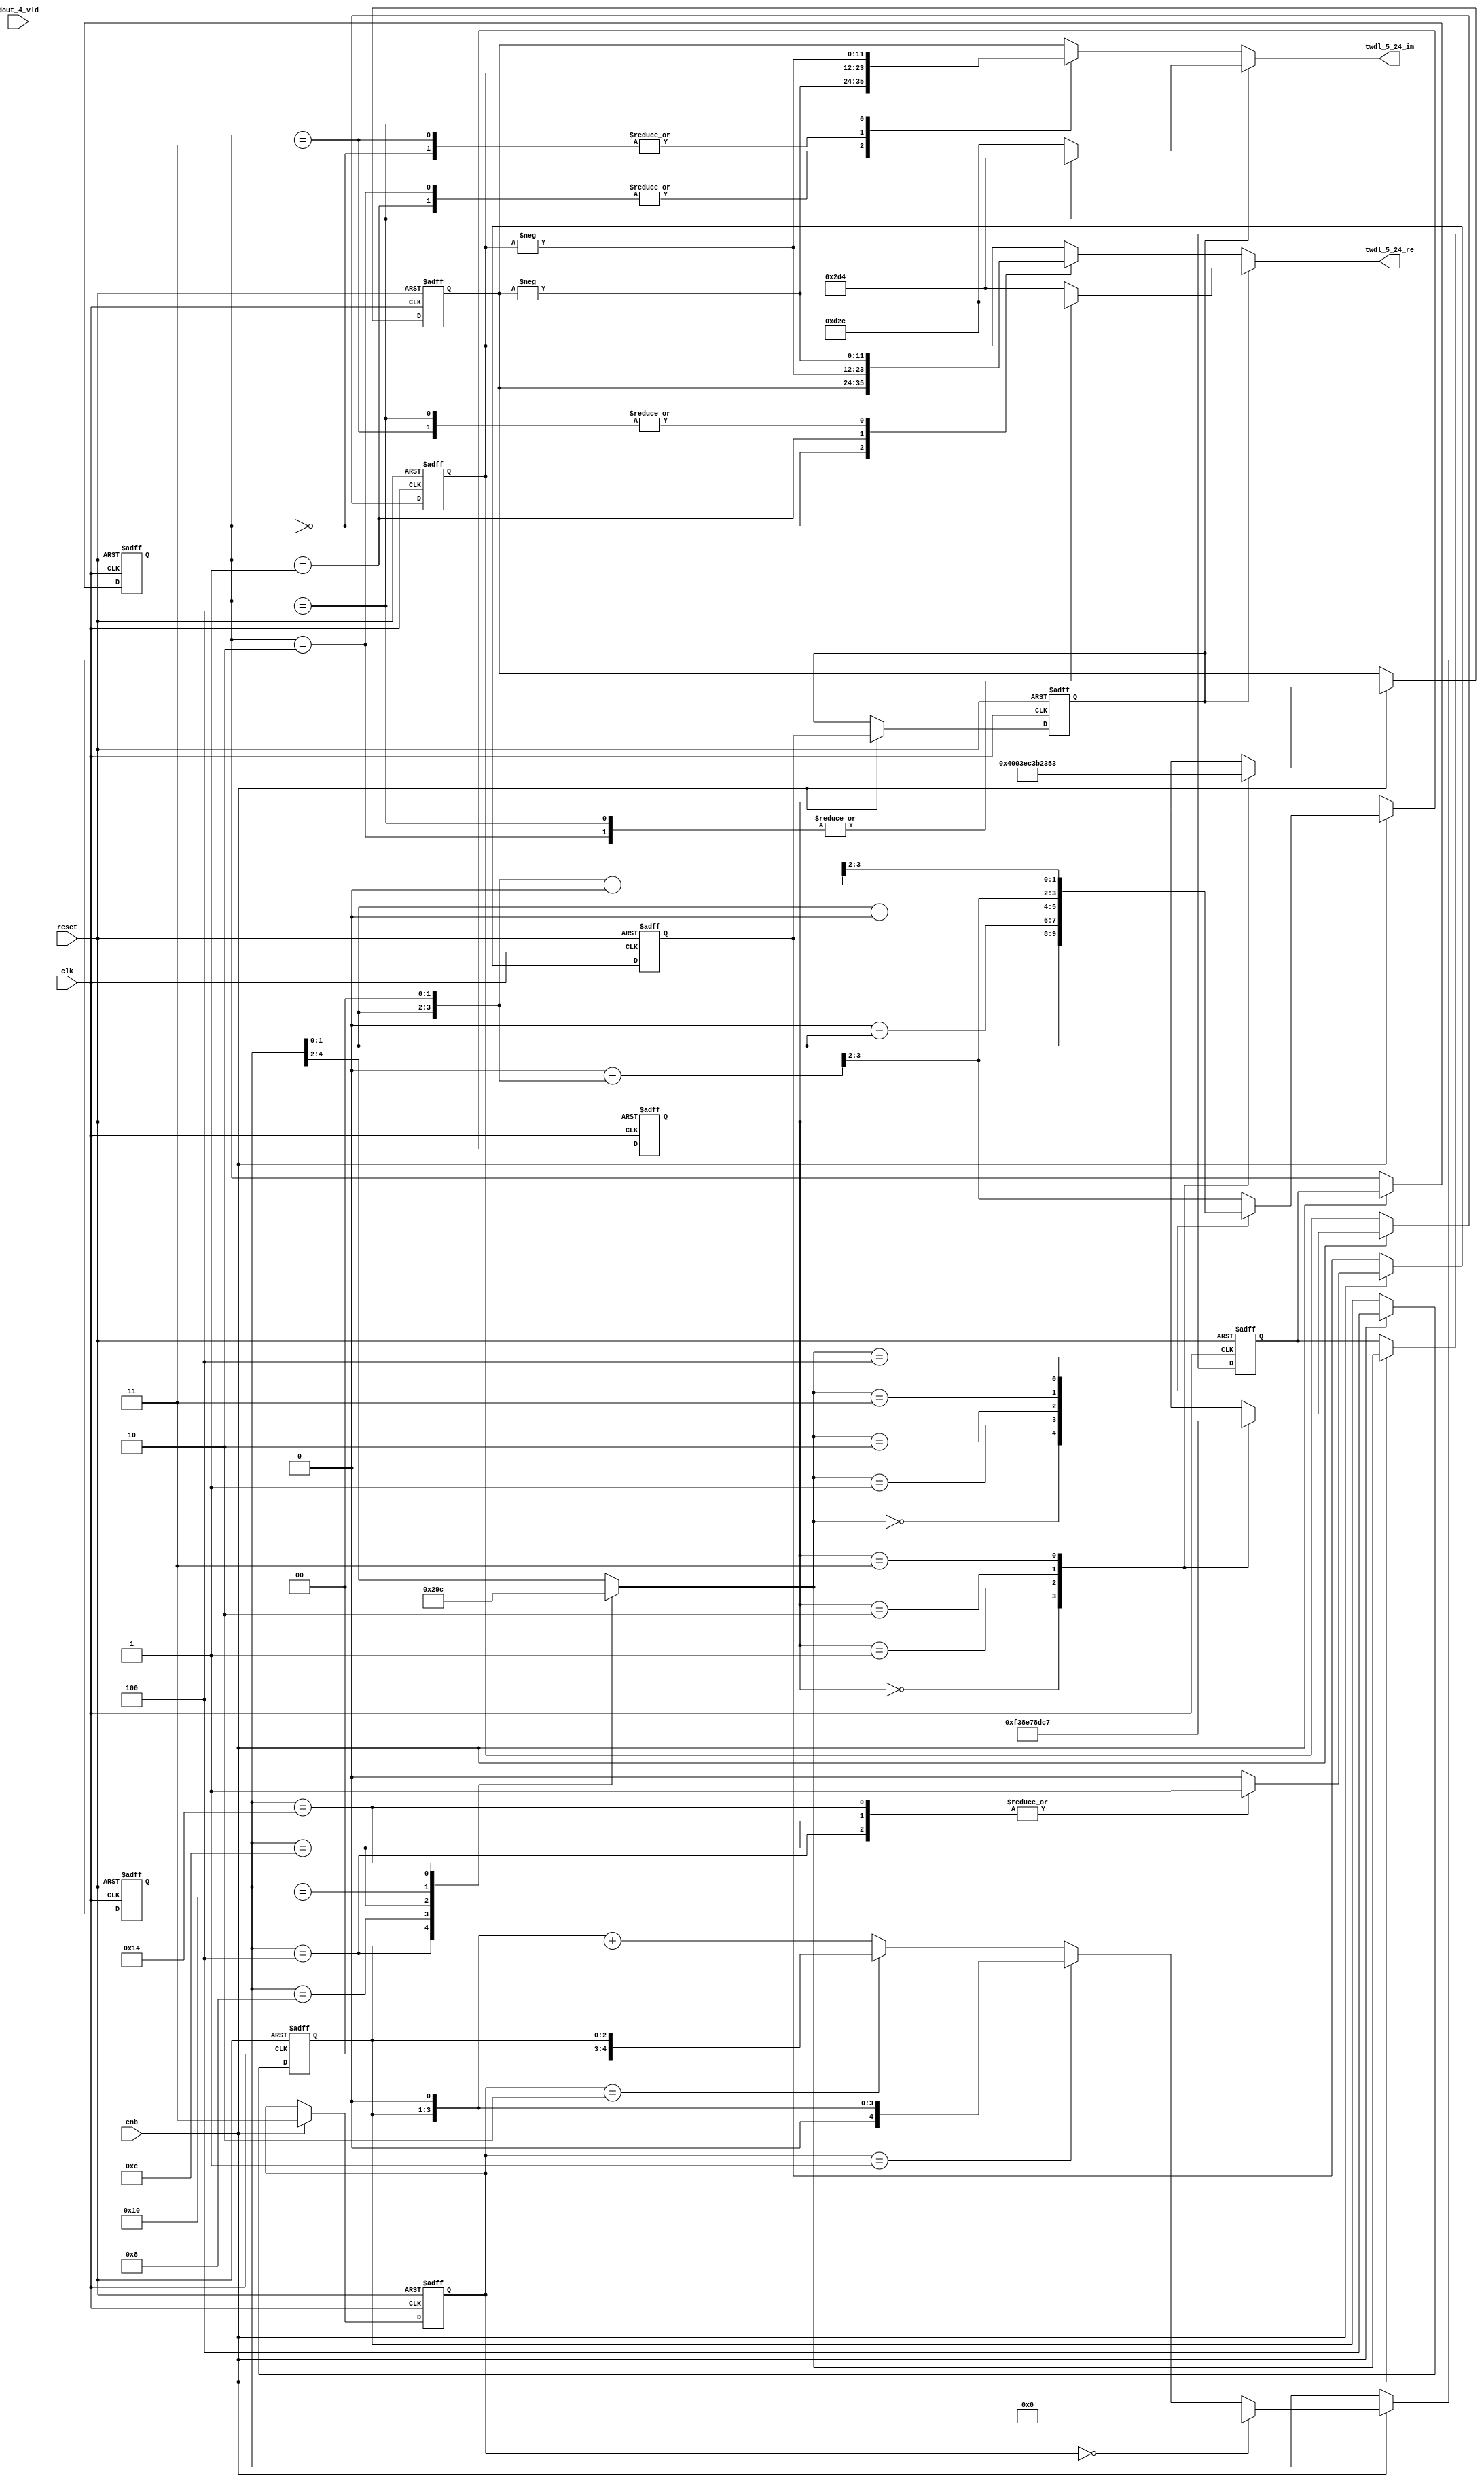
// -------------------------------------------------------------
// 
// 
// Generated by MATLAB 9.14 and HDL Coder 4.1
// 
// -------------------------------------------------------------


// -------------------------------------------------------------
// 
// Module: TWDLROM_5_24
// Source Path: RSP/RSP/Velocity Processor/Doppler Processing/Doppler Processor/FFT/TWDLROM_5_24
// Hierarchy Level: 5
// 
// -------------------------------------------------------------

`timescale 1 ns / 1 ns

module TWDLROM_5_24
          (clk,
           reset,
           enb,
           dout_4_vld,
           twdl_5_24_re,
           twdl_5_24_im);


  input   clk;
  input   reset;
  input   enb;
  input   dout_4_vld;
  output  signed [11:0] twdl_5_24_re;  // sfix12_En10
  output  signed [11:0] twdl_5_24_im;  // sfix12_En10


  reg [2:0] Radix22TwdlMapping_cnt;  // ufix3
  reg [1:0] Radix22TwdlMapping_phase;  // ufix2
  reg [2:0] Radix22TwdlMapping_octantReg1;  // ufix3
  reg [4:0] Radix22TwdlMapping_twdlAddr_raw;  // ufix5
  reg [1:0] Radix22TwdlMapping_twdlAddrMap;  // ufix2
  reg  Radix22TwdlMapping_twdl45Reg;
  reg  Radix22TwdlMapping_dvldReg1;
  reg  Radix22TwdlMapping_dvldReg2;
  reg [2:0] Radix22TwdlMapping_cnt_next;  // ufix3
  reg [1:0] Radix22TwdlMapping_phase_next;  // ufix2
  reg [2:0] Radix22TwdlMapping_octantReg1_next;  // ufix3
  reg [4:0] Radix22TwdlMapping_twdlAddr_raw_next;  // ufix5
  reg [1:0] Radix22TwdlMapping_twdlAddrMap_next;  // ufix2
  reg  Radix22TwdlMapping_twdl45Reg_next;
  reg  Radix22TwdlMapping_dvldReg1_next;
  reg  Radix22TwdlMapping_dvldReg2_next;
  reg [1:0] twdlAddr;  // ufix2
  reg  twdlAddrVld;
  reg [2:0] twdlOctant;  // ufix3
  reg  twdl45;
  wire signed [11:0] Twiddle_re_table_data [0:3];  // sfix12_En10 [4]
  wire signed [11:0] twiddleS_re;  // sfix12_En10
  reg signed [11:0] twiddleReg_re;  // sfix12_En10
  wire signed [11:0] Twiddle_im_table_data [0:3];  // sfix12_En10 [4]
  wire signed [11:0] twiddleS_im;  // sfix12_En10
  reg signed [11:0] twiddleReg_im;  // sfix12_En10
  reg [2:0] twdlOctantReg;  // ufix3
  reg  twdl45Reg;
  reg signed [11:0] twdl_5_24_re_1;  // sfix12_En10
  reg signed [11:0] twdl_5_24_im_1;  // sfix12_En10
  reg [2:0] Radix22TwdlMapping_octant;  // ufix3
  reg [4:0] Radix22TwdlMapping_cnt_cast;  // ufix5
  reg signed [11:0] Radix22TwdlMapping_sub_cast;  // sfix12_En2
  reg signed [11:0] Radix22TwdlMapping_sub_temp;  // sfix12_En2
  reg signed [6:0] Radix22TwdlMapping_sub_temp_0;  // sfix7
  reg signed [6:0] Radix22TwdlMapping_sub_temp_1;  // sfix7
  reg signed [11:0] Radix22TwdlMapping_sub_cast_0;  // sfix12_En2
  reg signed [11:0] Radix22TwdlMapping_sub_temp_2;  // sfix12_En2
  reg signed [11:0] Radix22TwdlMapping_sub_cast_1;  // sfix12_En2
  reg signed [11:0] Radix22TwdlMapping_sub_temp_3;  // sfix12_En2
  reg [4:0] Radix22TwdlMapping_t_0_0;  // ufix5
  reg signed [6:0] Radix22TwdlMapping_t_1;  // sfix7
  reg signed [6:0] Radix22TwdlMapping_t_2_0;  // sfix7
  reg signed [11:0] Radix22TwdlOctCorr_twdlIn_re;  // sfix12_En10
  reg signed [11:0] Radix22TwdlOctCorr_twdlIn_im;  // sfix12_En10
  reg signed [12:0] Radix22TwdlOctCorr_cast;  // sfix13_En10
  reg signed [12:0] Radix22TwdlOctCorr_cast_0;  // sfix13_En10
  reg signed [12:0] Radix22TwdlOctCorr_cast_1;  // sfix13_En10
  reg signed [12:0] Radix22TwdlOctCorr_cast_2;  // sfix13_En10
  reg signed [12:0] Radix22TwdlOctCorr_cast_3;  // sfix13_En10
  reg signed [12:0] Radix22TwdlOctCorr_cast_4;  // sfix13_En10
  reg signed [12:0] Radix22TwdlOctCorr_cast_5;  // sfix13_En10
  reg signed [12:0] Radix22TwdlOctCorr_cast_6;  // sfix13_En10
  reg signed [12:0] Radix22TwdlOctCorr_cast_7;  // sfix13_En10
  reg signed [12:0] Radix22TwdlOctCorr_cast_8;  // sfix13_En10
  reg signed [12:0] Radix22TwdlOctCorr_cast_9;  // sfix13_En10
  reg signed [12:0] Radix22TwdlOctCorr_cast_10;  // sfix13_En10


  // Radix22TwdlMapping
  always @(posedge clk or posedge reset)
    begin : Radix22TwdlMapping_process
      if (reset == 1'b1) begin
        Radix22TwdlMapping_octantReg1 <= 3'b000;
        Radix22TwdlMapping_twdlAddr_raw <= 5'b00000;
        Radix22TwdlMapping_twdlAddrMap <= 2'b00;
        Radix22TwdlMapping_twdl45Reg <= 1'b0;
        Radix22TwdlMapping_dvldReg1 <= 1'b0;
        Radix22TwdlMapping_dvldReg2 <= 1'b0;
        Radix22TwdlMapping_cnt <= 3'b100;
        Radix22TwdlMapping_phase <= 2'b11;
      end
      else begin
        if (enb) begin
          Radix22TwdlMapping_cnt <= Radix22TwdlMapping_cnt_next;
          Radix22TwdlMapping_phase <= Radix22TwdlMapping_phase_next;
          Radix22TwdlMapping_octantReg1 <= Radix22TwdlMapping_octantReg1_next;
          Radix22TwdlMapping_twdlAddr_raw <= Radix22TwdlMapping_twdlAddr_raw_next;
          Radix22TwdlMapping_twdlAddrMap <= Radix22TwdlMapping_twdlAddrMap_next;
          Radix22TwdlMapping_twdl45Reg <= Radix22TwdlMapping_twdl45Reg_next;
          Radix22TwdlMapping_dvldReg1 <= Radix22TwdlMapping_dvldReg1_next;
          Radix22TwdlMapping_dvldReg2 <= Radix22TwdlMapping_dvldReg2_next;
        end
      end
    end

  always @(Radix22TwdlMapping_cnt, Radix22TwdlMapping_dvldReg1,
       Radix22TwdlMapping_dvldReg2, Radix22TwdlMapping_octantReg1,
       Radix22TwdlMapping_phase, Radix22TwdlMapping_twdl45Reg,
       Radix22TwdlMapping_twdlAddrMap, Radix22TwdlMapping_twdlAddr_raw,
       dout_4_vld) begin
    Radix22TwdlMapping_sub_temp = 12'sb000000000000;
    Radix22TwdlMapping_sub_temp_0 = 7'sb0000000;
    Radix22TwdlMapping_sub_temp_1 = 7'sb0000000;
    Radix22TwdlMapping_sub_temp_2 = 12'sb000000000000;
    Radix22TwdlMapping_sub_temp_3 = 12'sb000000000000;
    Radix22TwdlMapping_sub_cast_1 = 12'sb000000000000;
    Radix22TwdlMapping_t_0_0 = 5'b00000;
    Radix22TwdlMapping_cnt_cast = 5'b00000;
    Radix22TwdlMapping_sub_cast_0 = 12'sb000000000000;
    Radix22TwdlMapping_t_2_0 = 7'sb0000000;
    Radix22TwdlMapping_t_1 = 7'sb0000000;
    Radix22TwdlMapping_sub_cast = 12'sb000000000000;
    Radix22TwdlMapping_dvldReg2_next = Radix22TwdlMapping_dvldReg1;
    Radix22TwdlMapping_dvldReg1_next = dout_4_vld;
    case ( Radix22TwdlMapping_twdlAddr_raw)
      5'b00100 :
        begin
          Radix22TwdlMapping_octant = 3'b000;
          Radix22TwdlMapping_twdl45Reg_next = 1'b1;
        end
      5'b01000 :
        begin
          Radix22TwdlMapping_octant = 3'b001;
          Radix22TwdlMapping_twdl45Reg_next = 1'b0;
        end
      5'b01100 :
        begin
          Radix22TwdlMapping_octant = 3'b010;
          Radix22TwdlMapping_twdl45Reg_next = 1'b1;
        end
      5'b10000 :
        begin
          Radix22TwdlMapping_octant = 3'b011;
          Radix22TwdlMapping_twdl45Reg_next = 1'b0;
        end
      5'b10100 :
        begin
          Radix22TwdlMapping_octant = 3'b100;
          Radix22TwdlMapping_twdl45Reg_next = 1'b1;
        end
      default :
        begin
          Radix22TwdlMapping_octant = Radix22TwdlMapping_twdlAddr_raw[4:2];
          Radix22TwdlMapping_twdl45Reg_next = 1'b0;
        end
    endcase
    Radix22TwdlMapping_octantReg1_next = Radix22TwdlMapping_octant;
    case ( Radix22TwdlMapping_octant)
      3'b000 :
        begin
          Radix22TwdlMapping_twdlAddrMap_next = Radix22TwdlMapping_twdlAddr_raw[1:0];
        end
      3'b001 :
        begin
          Radix22TwdlMapping_t_1 = {2'b0, Radix22TwdlMapping_twdlAddr_raw};
          Radix22TwdlMapping_sub_temp_0 = 7'sb0001000 - Radix22TwdlMapping_t_1;
          Radix22TwdlMapping_twdlAddrMap_next = Radix22TwdlMapping_sub_temp_0[1:0];
        end
      3'b010 :
        begin
          Radix22TwdlMapping_t_2_0 = {2'b0, Radix22TwdlMapping_twdlAddr_raw};
          Radix22TwdlMapping_sub_temp_1 = Radix22TwdlMapping_t_2_0 - 7'sb0001000;
          Radix22TwdlMapping_twdlAddrMap_next = Radix22TwdlMapping_sub_temp_1[1:0];
        end
      3'b011 :
        begin
          Radix22TwdlMapping_sub_cast_0 = {5'b0, {Radix22TwdlMapping_twdlAddr_raw, 2'b00}};
          Radix22TwdlMapping_sub_temp_2 = 12'sb000001000000 - Radix22TwdlMapping_sub_cast_0;
          Radix22TwdlMapping_twdlAddrMap_next = Radix22TwdlMapping_sub_temp_2[3:2];
        end
      3'b100 :
        begin
          Radix22TwdlMapping_sub_cast_1 = {5'b0, {Radix22TwdlMapping_twdlAddr_raw, 2'b00}};
          Radix22TwdlMapping_sub_temp_3 = Radix22TwdlMapping_sub_cast_1 - 12'sb000001000000;
          Radix22TwdlMapping_twdlAddrMap_next = Radix22TwdlMapping_sub_temp_3[3:2];
        end
      default :
        begin
          Radix22TwdlMapping_sub_cast = {5'b0, {Radix22TwdlMapping_twdlAddr_raw, 2'b00}};
          Radix22TwdlMapping_sub_temp = 12'sb000001100000 - Radix22TwdlMapping_sub_cast;
          Radix22TwdlMapping_twdlAddrMap_next = Radix22TwdlMapping_sub_temp[3:2];
        end
    endcase
    if (Radix22TwdlMapping_phase == 2'b00) begin
      Radix22TwdlMapping_twdlAddr_raw_next = 5'b00000;
    end
    else if (Radix22TwdlMapping_phase == 2'b01) begin
      Radix22TwdlMapping_t_0_0 = {2'b0, Radix22TwdlMapping_cnt};
      Radix22TwdlMapping_twdlAddr_raw_next = Radix22TwdlMapping_t_0_0 <<< 8'd1;
    end
    else if (Radix22TwdlMapping_phase == 2'b10) begin
      Radix22TwdlMapping_twdlAddr_raw_next = {2'b0, Radix22TwdlMapping_cnt};
    end
    else begin
      Radix22TwdlMapping_cnt_cast = {2'b0, Radix22TwdlMapping_cnt};
      Radix22TwdlMapping_twdlAddr_raw_next = (Radix22TwdlMapping_cnt_cast <<< 8'd1) + Radix22TwdlMapping_cnt_cast;
    end
    Radix22TwdlMapping_phase_next = 2'b11;
    Radix22TwdlMapping_cnt_next = 3'b100;
    twdlAddr = Radix22TwdlMapping_twdlAddrMap;
    twdlAddrVld = Radix22TwdlMapping_dvldReg2;
    twdlOctant = Radix22TwdlMapping_octantReg1;
    twdl45 = Radix22TwdlMapping_twdl45Reg;
  end



  // Twiddle ROM1
  assign Twiddle_re_table_data[0] = 12'sb010000000000;
  assign Twiddle_re_table_data[1] = 12'sb001111101100;
  assign Twiddle_re_table_data[2] = 12'sb001110110010;
  assign Twiddle_re_table_data[3] = 12'sb001101010011;
  assign twiddleS_re = Twiddle_re_table_data[twdlAddr];



  always @(posedge clk or posedge reset)
    begin : TWIDDLEROM_RE_process
      if (reset == 1'b1) begin
        twiddleReg_re <= 12'sb000000000000;
      end
      else begin
        if (enb) begin
          twiddleReg_re <= twiddleS_re;
        end
      end
    end



  // Twiddle ROM2
  assign Twiddle_im_table_data[0] = 12'sb000000000000;
  assign Twiddle_im_table_data[1] = 12'sb111100111000;
  assign Twiddle_im_table_data[2] = 12'sb111001111000;
  assign Twiddle_im_table_data[3] = 12'sb110111000111;
  assign twiddleS_im = Twiddle_im_table_data[twdlAddr];



  always @(posedge clk or posedge reset)
    begin : TWIDDLEROM_IM_process
      if (reset == 1'b1) begin
        twiddleReg_im <= 12'sb000000000000;
      end
      else begin
        if (enb) begin
          twiddleReg_im <= twiddleS_im;
        end
      end
    end



  always @(posedge clk or posedge reset)
    begin : intdelay_process
      if (reset == 1'b1) begin
        twdlOctantReg <= 3'b000;
      end
      else begin
        if (enb) begin
          twdlOctantReg <= twdlOctant;
        end
      end
    end



  always @(posedge clk or posedge reset)
    begin : intdelay_1_process
      if (reset == 1'b1) begin
        twdl45Reg <= 1'b0;
      end
      else begin
        if (enb) begin
          twdl45Reg <= twdl45;
        end
      end
    end



  // Radix22TwdlOctCorr
  always @(twdl45Reg, twdlOctantReg, twiddleReg_im, twiddleReg_re) begin
    Radix22TwdlOctCorr_cast_0 = 13'sb0000000000000;
    Radix22TwdlOctCorr_cast_2 = 13'sb0000000000000;
    Radix22TwdlOctCorr_cast_4 = 13'sb0000000000000;
    Radix22TwdlOctCorr_cast_6 = 13'sb0000000000000;
    Radix22TwdlOctCorr_cast_8 = 13'sb0000000000000;
    Radix22TwdlOctCorr_cast_10 = 13'sb0000000000000;
    Radix22TwdlOctCorr_cast_3 = 13'sb0000000000000;
    Radix22TwdlOctCorr_cast_9 = 13'sb0000000000000;
    Radix22TwdlOctCorr_cast_1 = 13'sb0000000000000;
    Radix22TwdlOctCorr_cast_7 = 13'sb0000000000000;
    Radix22TwdlOctCorr_cast = 13'sb0000000000000;
    Radix22TwdlOctCorr_cast_5 = 13'sb0000000000000;
    Radix22TwdlOctCorr_twdlIn_re = twiddleReg_re;
    Radix22TwdlOctCorr_twdlIn_im = twiddleReg_im;
    if (twdl45Reg) begin
      case ( twdlOctantReg)
        3'b000 :
          begin
            Radix22TwdlOctCorr_twdlIn_re = 12'sb001011010100;
            Radix22TwdlOctCorr_twdlIn_im = 12'sb110100101100;
          end
        3'b010 :
          begin
            Radix22TwdlOctCorr_twdlIn_re = 12'sb110100101100;
            Radix22TwdlOctCorr_twdlIn_im = 12'sb110100101100;
          end
        3'b100 :
          begin
            Radix22TwdlOctCorr_twdlIn_re = 12'sb110100101100;
            Radix22TwdlOctCorr_twdlIn_im = 12'sb001011010100;
          end
        default :
          begin
            Radix22TwdlOctCorr_twdlIn_re = 12'sb001011010100;
            Radix22TwdlOctCorr_twdlIn_im = 12'sb110100101100;
          end
      endcase
    end
    else begin
      case ( twdlOctantReg)
        3'b000 :
          begin
          end
        3'b001 :
          begin
            Radix22TwdlOctCorr_cast = {twiddleReg_im[11], twiddleReg_im};
            Radix22TwdlOctCorr_cast_0 =  - (Radix22TwdlOctCorr_cast);
            Radix22TwdlOctCorr_twdlIn_re = Radix22TwdlOctCorr_cast_0[11:0];
            Radix22TwdlOctCorr_cast_5 = {twiddleReg_re[11], twiddleReg_re};
            Radix22TwdlOctCorr_cast_6 =  - (Radix22TwdlOctCorr_cast_5);
            Radix22TwdlOctCorr_twdlIn_im = Radix22TwdlOctCorr_cast_6[11:0];
          end
        3'b010 :
          begin
            Radix22TwdlOctCorr_twdlIn_re = twiddleReg_im;
            Radix22TwdlOctCorr_cast_7 = {twiddleReg_re[11], twiddleReg_re};
            Radix22TwdlOctCorr_cast_8 =  - (Radix22TwdlOctCorr_cast_7);
            Radix22TwdlOctCorr_twdlIn_im = Radix22TwdlOctCorr_cast_8[11:0];
          end
        3'b011 :
          begin
            Radix22TwdlOctCorr_cast_1 = {twiddleReg_re[11], twiddleReg_re};
            Radix22TwdlOctCorr_cast_2 =  - (Radix22TwdlOctCorr_cast_1);
            Radix22TwdlOctCorr_twdlIn_re = Radix22TwdlOctCorr_cast_2[11:0];
            Radix22TwdlOctCorr_twdlIn_im = twiddleReg_im;
          end
        3'b100 :
          begin
            Radix22TwdlOctCorr_cast_3 = {twiddleReg_re[11], twiddleReg_re};
            Radix22TwdlOctCorr_cast_4 =  - (Radix22TwdlOctCorr_cast_3);
            Radix22TwdlOctCorr_twdlIn_re = Radix22TwdlOctCorr_cast_4[11:0];
            Radix22TwdlOctCorr_cast_9 = {twiddleReg_im[11], twiddleReg_im};
            Radix22TwdlOctCorr_cast_10 =  - (Radix22TwdlOctCorr_cast_9);
            Radix22TwdlOctCorr_twdlIn_im = Radix22TwdlOctCorr_cast_10[11:0];
          end
        default :
          begin
            Radix22TwdlOctCorr_twdlIn_re = twiddleReg_im;
            Radix22TwdlOctCorr_twdlIn_im = twiddleReg_re;
          end
      endcase
    end
    twdl_5_24_re_1 = Radix22TwdlOctCorr_twdlIn_re;
    twdl_5_24_im_1 = Radix22TwdlOctCorr_twdlIn_im;
  end



  assign twdl_5_24_re = twdl_5_24_re_1;

  assign twdl_5_24_im = twdl_5_24_im_1;

endmodule  // TWDLROM_5_24